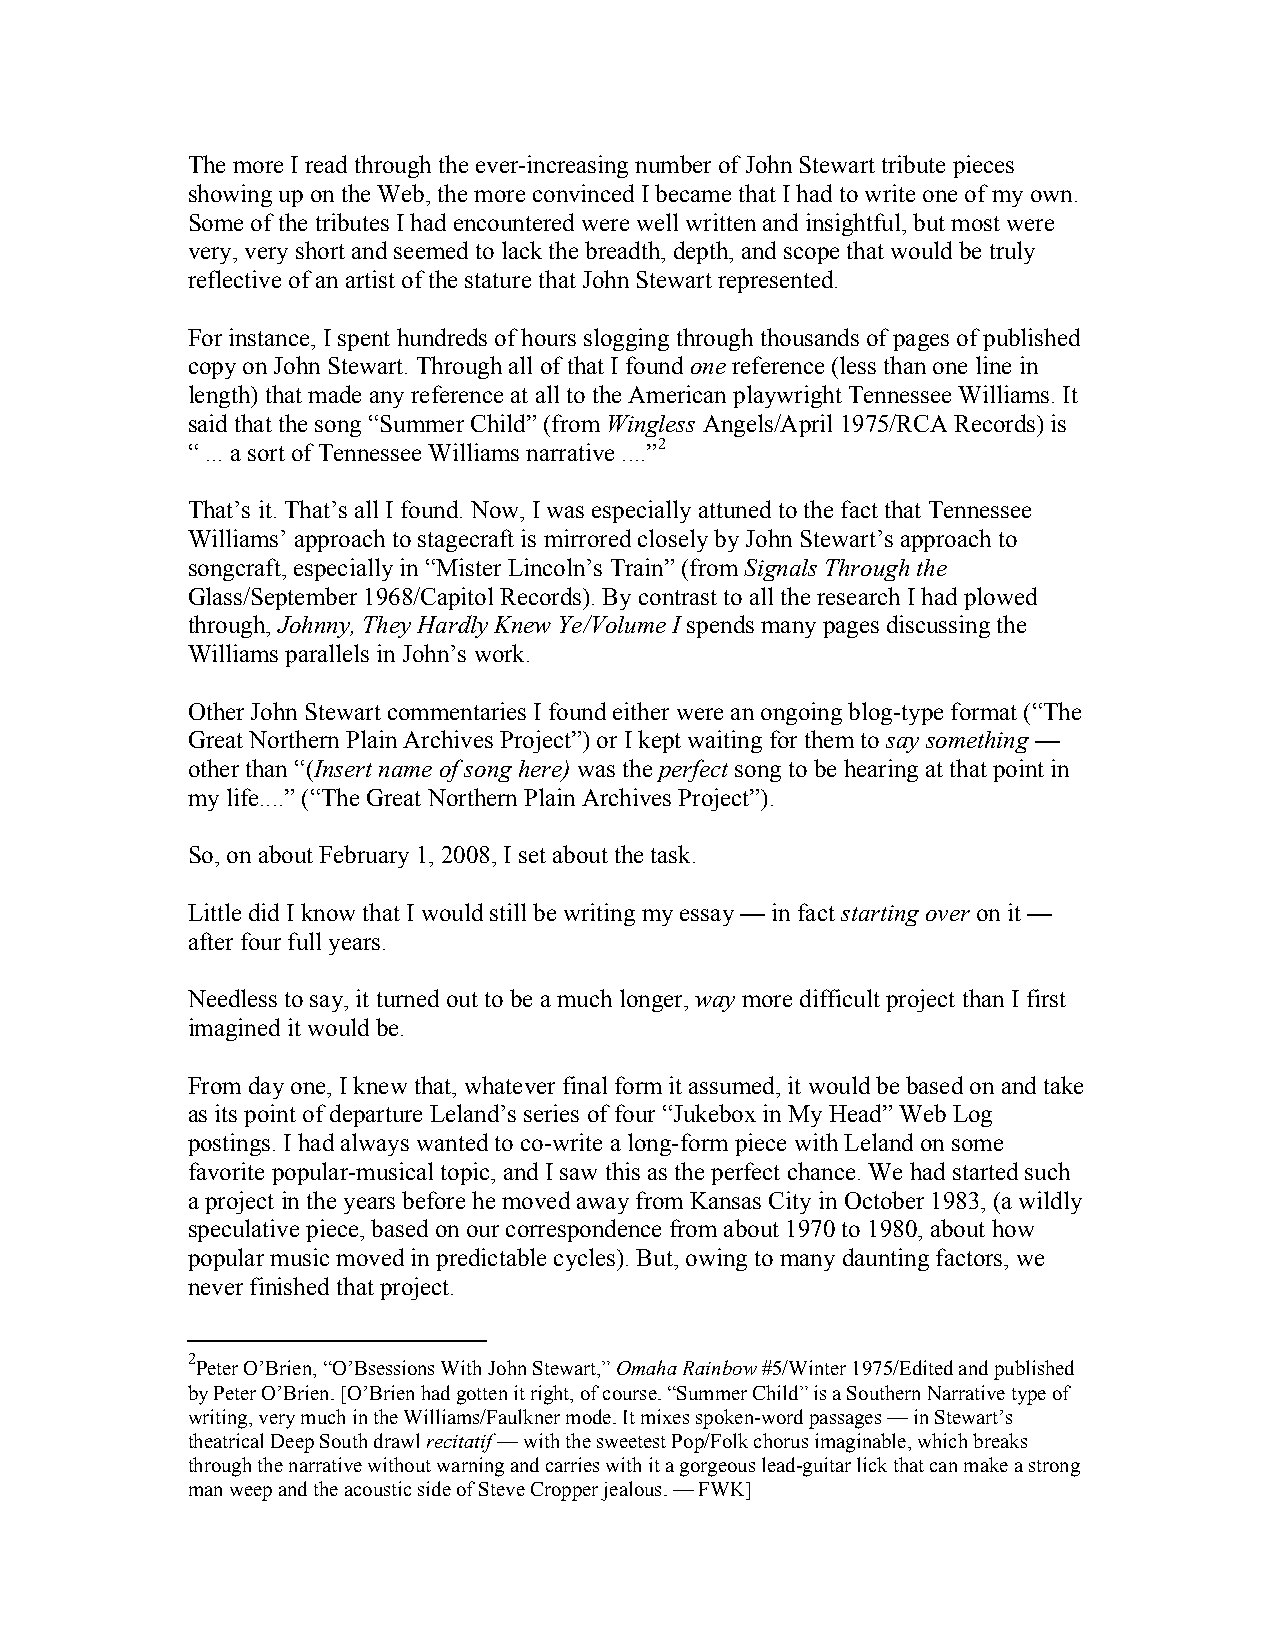
The more I read through the ever-increasing number of John Stewart tribute pieces
 showing up on the Web, the more convinced I became that I had to write one of my own.
 Some of the tributes I had encountered were well written and insightful, but most were
 very, very short and seemed to lack the breadth, depth, and scope that would be truly
 reflective of an artist of the stature that John Stewart represented.
 For instance, I spent hundreds of hours slogging through thousands of pages of published
 copy on John Stewart. Through all of that I found one reference (less than one line in
 length) that made any reference at all to the American playwright Tennessee Williams. It
 said that the song “Summer Child” (from Wingless Angels/April 1975/RCA Records) is
 “ ... a sort of Tennessee Williams narrative ....”2
 That’s it. That’s all I found. Now, I was especially attuned to the fact that Tennessee
 Williams’ approach to stagecraft is mirrored closely by John Stewart’s approach to
 songcraft, especially in “Mister Lincoln’s Train” (from Signals Through the
 Glass/September 1968/Capitol Records). By contrast to all the research I had plowed
 through, Johnny, They Hardly Knew Ye/Volume I spends many pages discussing the
 Williams parallels in John’s work.
 Other John Stewart commentaries I found either were an ongoing blog-type format (“The
 Great Northern Plain Archives Project”) or I kept waiting for them to say something —
 other than “(Insert name of song here) was the perfect song to be hearing at that point in
 my life....” (“The Great Northern Plain Archives Project”).
 So, on about February 1, 2008, I set about the task.
 Little did I know that I would still be writing my essay — in fact starting over on it —
 after four full years.
 Needless to say, it turned out to be a much longer, way more difficult project than I first
 imagined it would be.
 From day one, I knew that, whatever final form it assumed, it would be based on and take
 as its point of departure Leland’s series of four “Jukebox in My Head” Web Log
 postings. I had always wanted to co-write a long-form piece with Leland on some
 favorite popular-musical topic, and I saw this as the perfect chance. We had started such
 a project in the years before he moved away from Kansas City in October 1983, (a wildly
 speculative piece, based on our correspondence from about 1970 to 1980, about how
 popular music moved in predictable cycles). But, owing to many daunting factors, we
 never finished that project.
 2
 Peter O’Brien, “O’Bsessions With John Stewart,” Omaha Rainbow #5/Winter 1975/Edited and published
 by Peter O’Brien. [O’Brien had gotten it right, of course. “Summer Child” is a Southern Narrative type of
 writing, very much in the Williams/Faulkner mode. It mixes spoken-word passages — in Stewart’s
 theatrical Deep South drawl recitatif — with the sweetest Pop/Folk chorus imaginable, which breaks
 through the narrative without warning and carries with it a gorgeous lead-guitar lick that can make a strong
 man weep and the acoustic side of Steve Cropper jealous. — FWK]